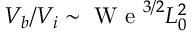
V _ { b } / V _ { i } \sim \mathrm { ~ W ~ e ~ } ^ { 3 / 2 } L _ { 0 } ^ { 2 }